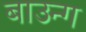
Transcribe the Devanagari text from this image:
बाउन्ग